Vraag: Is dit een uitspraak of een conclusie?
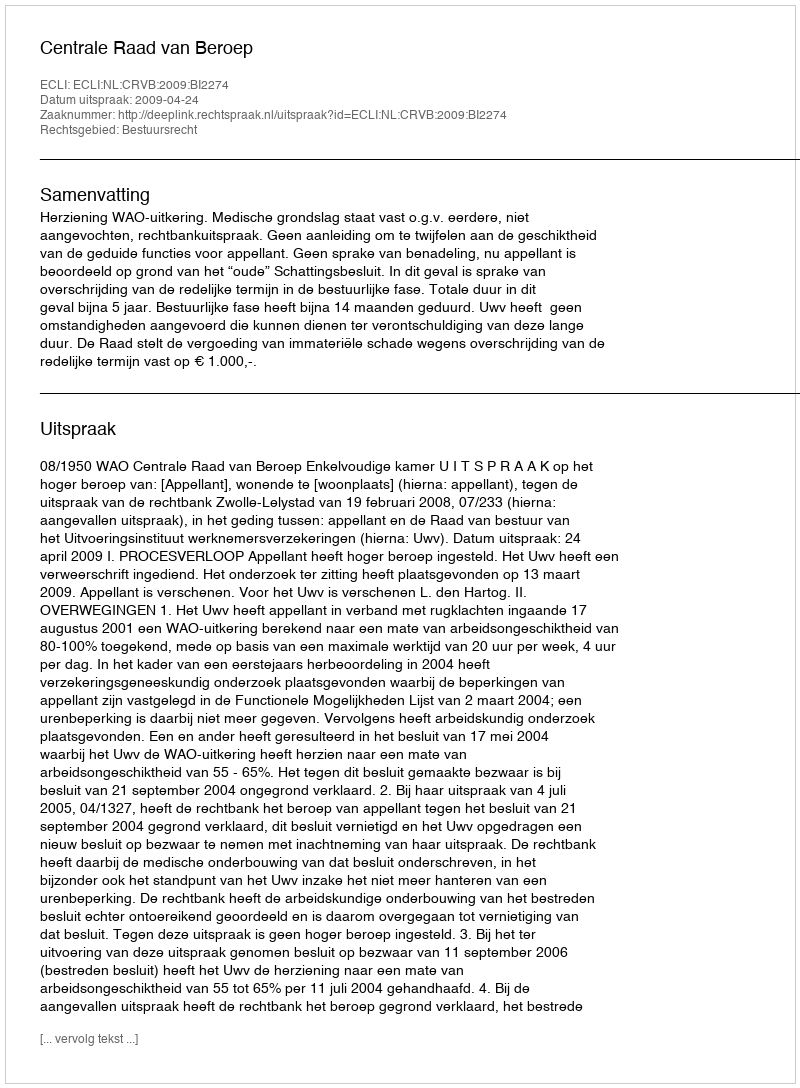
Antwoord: Uitspraak